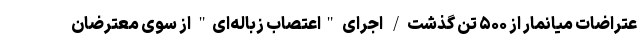
عتراضات میانمار از ۵۰۰ تن گذشت/ اجرای "اعتصاب زباله‌ای" از سوی معترضان